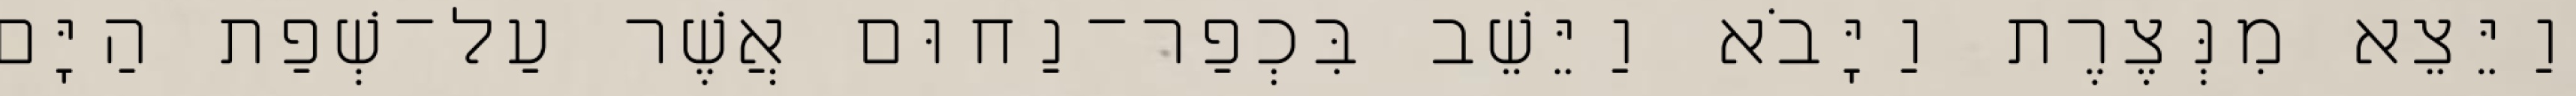
וַיֵּצֵא מִנְּצֶרֶת וַיָּבֹא וַיֵּשֵׁב בִּכְפַר־נַחוּם אֲשֶׁר עַל־שְׁפַת הַיָּם